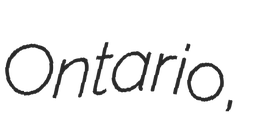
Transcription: Ontario,